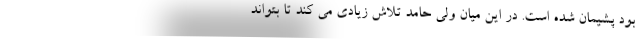
بود پشیمان شده است. در این میان ولی حامد تلاش زیادی می کند تا بتواند